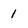
Character: 1